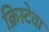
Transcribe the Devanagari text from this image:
क्रिस्टेवा